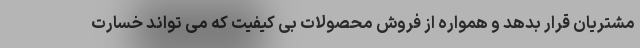
مشتریان قرار بدهد و همواره از فروش محصولات بی کیفیت که می تواند خسارت